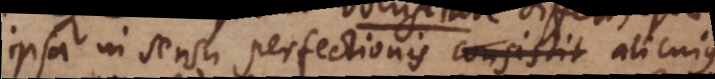
ipsa in sensu perfectionis consistit alicujus